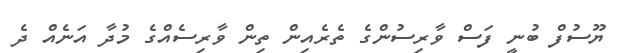
ޔޫސުފް ބުނީ ފަސް ވާރިސުންގެ ތެރެއިން ތިން ވާރިސެއްގެ މުދާ އަނެއް ދެ